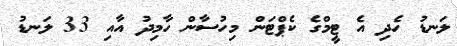
ލަނޑު ހެދި އެ ޓީމްގެ ކެޕްޓަން މިހުސާން ހާމިދު އާއި 33 ލަނޑު